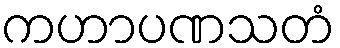
ကဟာပဏသတံ